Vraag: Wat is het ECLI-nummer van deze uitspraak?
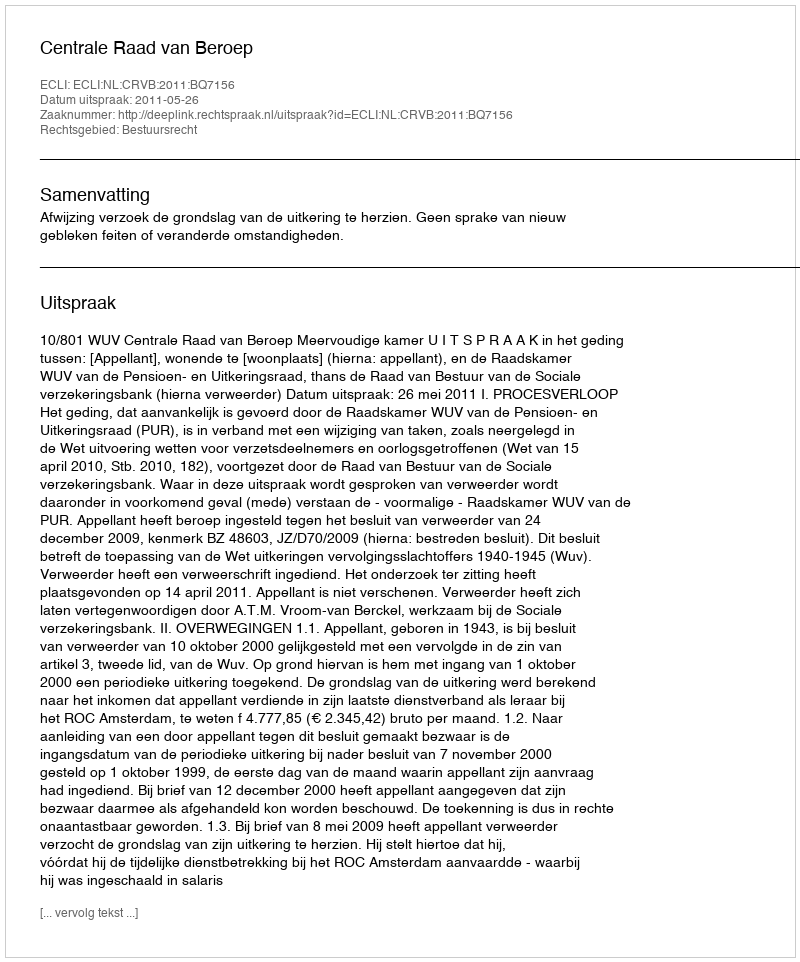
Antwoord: ECLI:NL:CRVB:2011:BQ7156